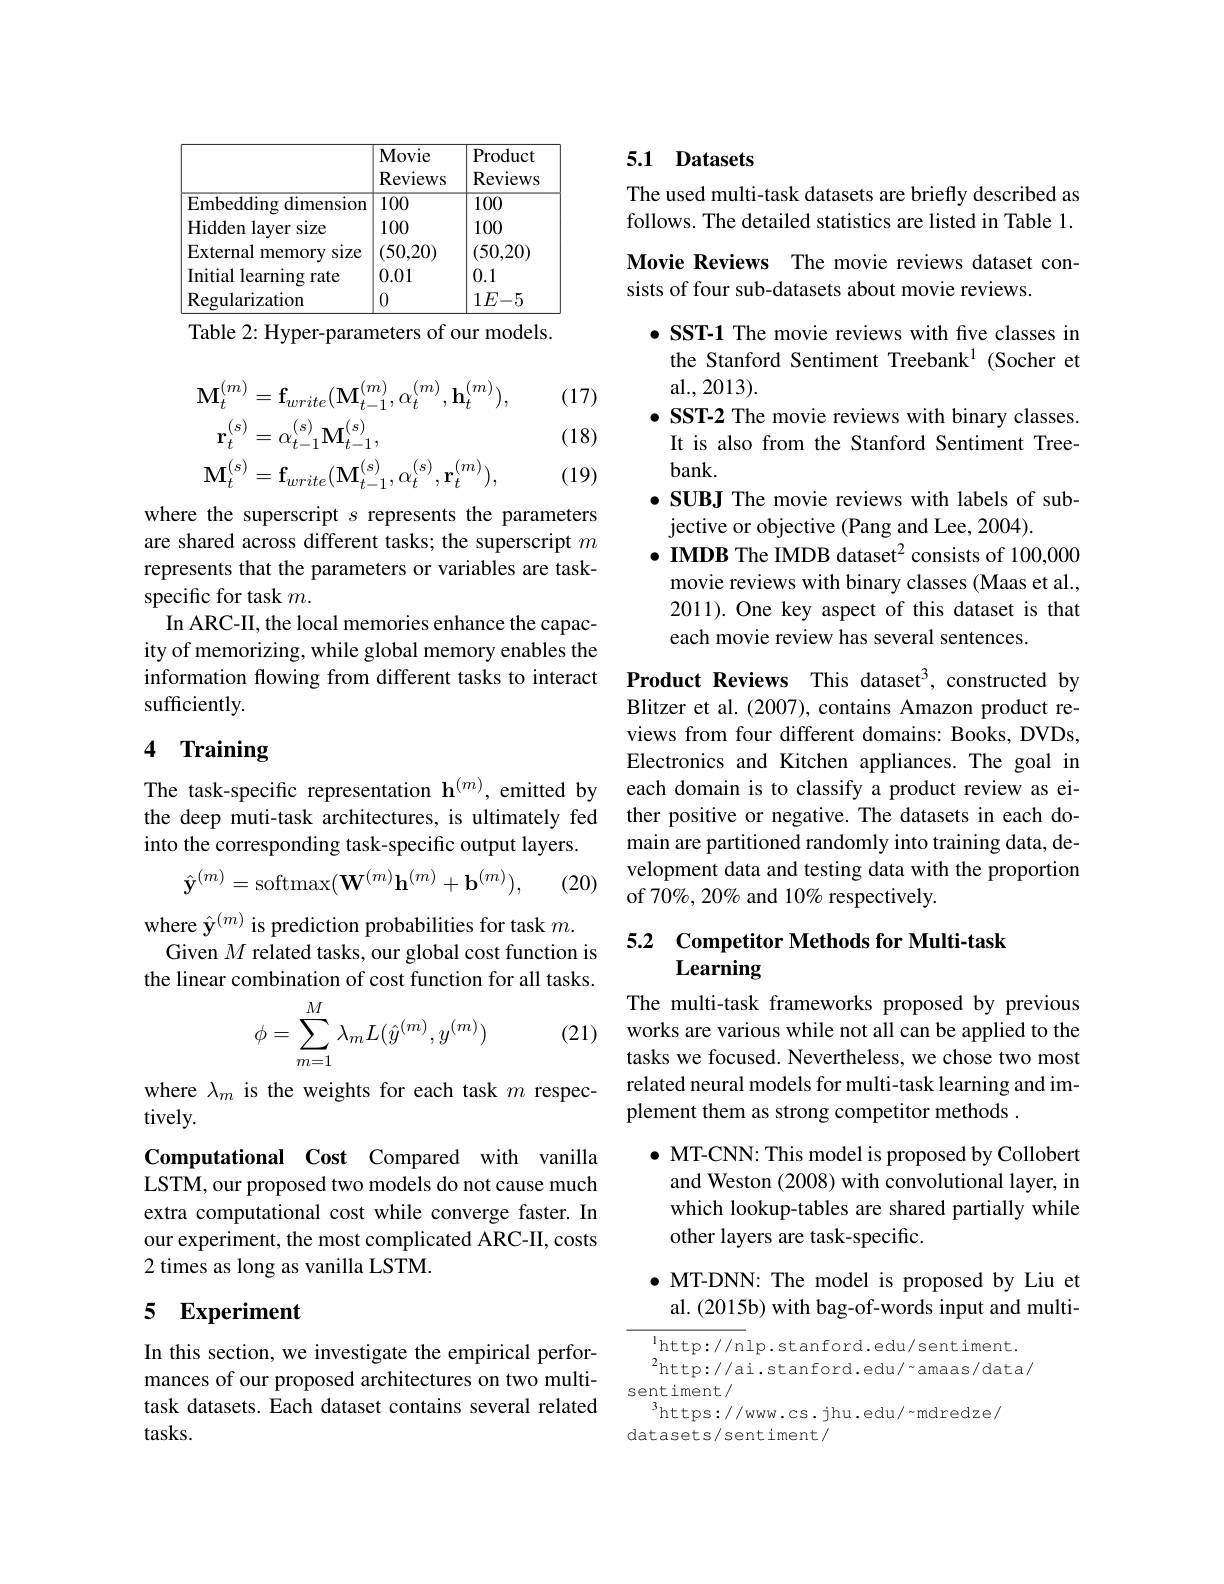
<table>
	<tbody>
		<tr>
			<th> </th>
			<th>Movie Reviews</th>
			<th>Product Reviews</th>
		</tr>
		<tr>
			<td>Hidden layer size</td>
			<td>100</td>
			<td>100</td>
		</tr>
		<tr>
			<td>External memory 1 SIZe</td>
			<td>(50,20)</td>
			<td>50,20)</td>
		</tr>
		<tr>
			<td>Initial learning rate</td>
			<td>0.01</td>
			<td>0.1</td>
		</tr>
		<tr>
			<td>Regularization</td>
			<td>0</td>
			<td>$1E-5$</td>
		</tr>
	</tbody>
</table>

Table 2: Hyper-parameters of our models.

(17)
$$\mathbf{M}_{t}^{(m)}=\mathbf{f}_{write}(\mathbf{M}_{t-1}^{(m)},\alpha_{t}^{(m)},\mathbf{h}_{t}^{(m)}),\\\mathbf{r}_{t}^{(s)}=\alpha_{t-1}^{(s)}\mathbf{M}_{t-1}^{(s)},\\\mathbf{M}_{t}^{(s)}=\mathbf{f}_{write}(\mathbf{M}_{t-1}^{(s)},\alpha_{t}^{(s)},\mathbf{r}_{t}^{(m)}),$$
(18)

(19)

where the superscript $s$ represents the parameters are shared across different tasks; the superscript $m$ represents that the parameters or variables are taskspecific for task $m.$
In ARC-II, the local memories enhance the capacity of memorizing, while global memory enables the information flowing from different tasks to interact Product Reviews This dataset$^{3}$,constructed by
sufficiently.

# 4 Training

The task-specific representation $\mathbf{h}^{(m)}$, emitted by the deep muti-task architectures, is ultimately fed into the corresponding task-specific output layers.
$$\hat{\mathbf{y}}^{(m)}=\mathrm{softmax}(\mathbf{W}^{(m)}\mathbf{h}^{(m)}+\mathbf{b}^{(m)}),$$
(20)

where $\hat{\mathbf{y}}^{(m)}$ is prediction probabilities for task $m.$
Given $M$ related tasks, our global cost function is the linear combination of cost function for all tasks.

(21)
$$\phi=\sum\limits_{m=1}^M\lambda_mL(\hat{y}^{(m)},y^{(m)})$$
where $\lambda_m$ is the weights for each task $m$ respec-
tively.
Computational Cost Compared with vanilla LSTM, our proposed two models do not cause much extra computational cost while converge faster. In our experiment, the most complicated ARC-II, costs 2 times as long as vanilla LSTM.

# 5 Experiment

In this section, we investigate the empirical performances of our proposed architectures on two multitask datasets. Each dataset contains several related tasks.

## 5.1 Datasets

The used multi-task datasets are briefly described as follows. The detailed statistics are listed in Table 1.

Movie Reviews The movie reviews dataset con-
sists of four sub-datasets about movie reviews.
·SST-1 The movie reviews with five classes in the Stanford Sentiment Treebank$^{1}$ (Socher et al.,2013).
$\bullet$ SST-2 The movie reviews with binary classes.
It is also from the Stanford Sentiment Tree-
bank.
$\bullet \textbf{SUBJ The movie reviews with labels of sub- }$
jective or objective (Pang and Lee, 2004).
$\bullet$ IMDB The IMDB dataset$^{2}$consists of 100,000 movie reviews with binary classes (Maas et al., 2011).One key aspect of this dataset is that each movie review has several sentences.

Blitzer et al. (2007), contains Amazon product reviews from four different domains: Books, DVDs, Electronics and Kitchen appliances. The goal in each domain is to classify a product review as either positive or negative. The datasets in each domain are partitioned randomly into training data, development data and testing data with the proportion of 70%, 20% and 10% respectively.

## 5.2 Competitor Methods for Multi-task Learning

The multi-task frameworks proposed by previous works are various while not all can be applied to the tasks we focused. Nevertheless, we chose two most related neural models for multi-task learning and implement them as strong competitor methods .

$\bullet$ MT-CNN: This model is proposed by Collobert and Weston (2008) with convolutional layer, in which lookup-tables are shared partially while other layers are task-specific.

$\bullet$ MT-DNN: The model is proposed by Liu et
al. (2015b) with bag-of-words input and multi-

lhttp://nlp.stanford.edu/sentiment. $^{2}$http://ai.stanford.edu/~amaas/data/ sentiment/
$^{3}$https://www.cs.jhu.edu/~mdredze/
datasets/sentiment/